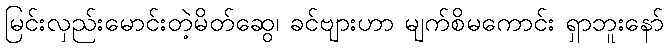
မြင်းလှည်းမောင်းတဲ့မိတ်ဆွေ၊ ခင်ဗျားဟာ မျက်စိမကောင်း ရှာဘူးနော်